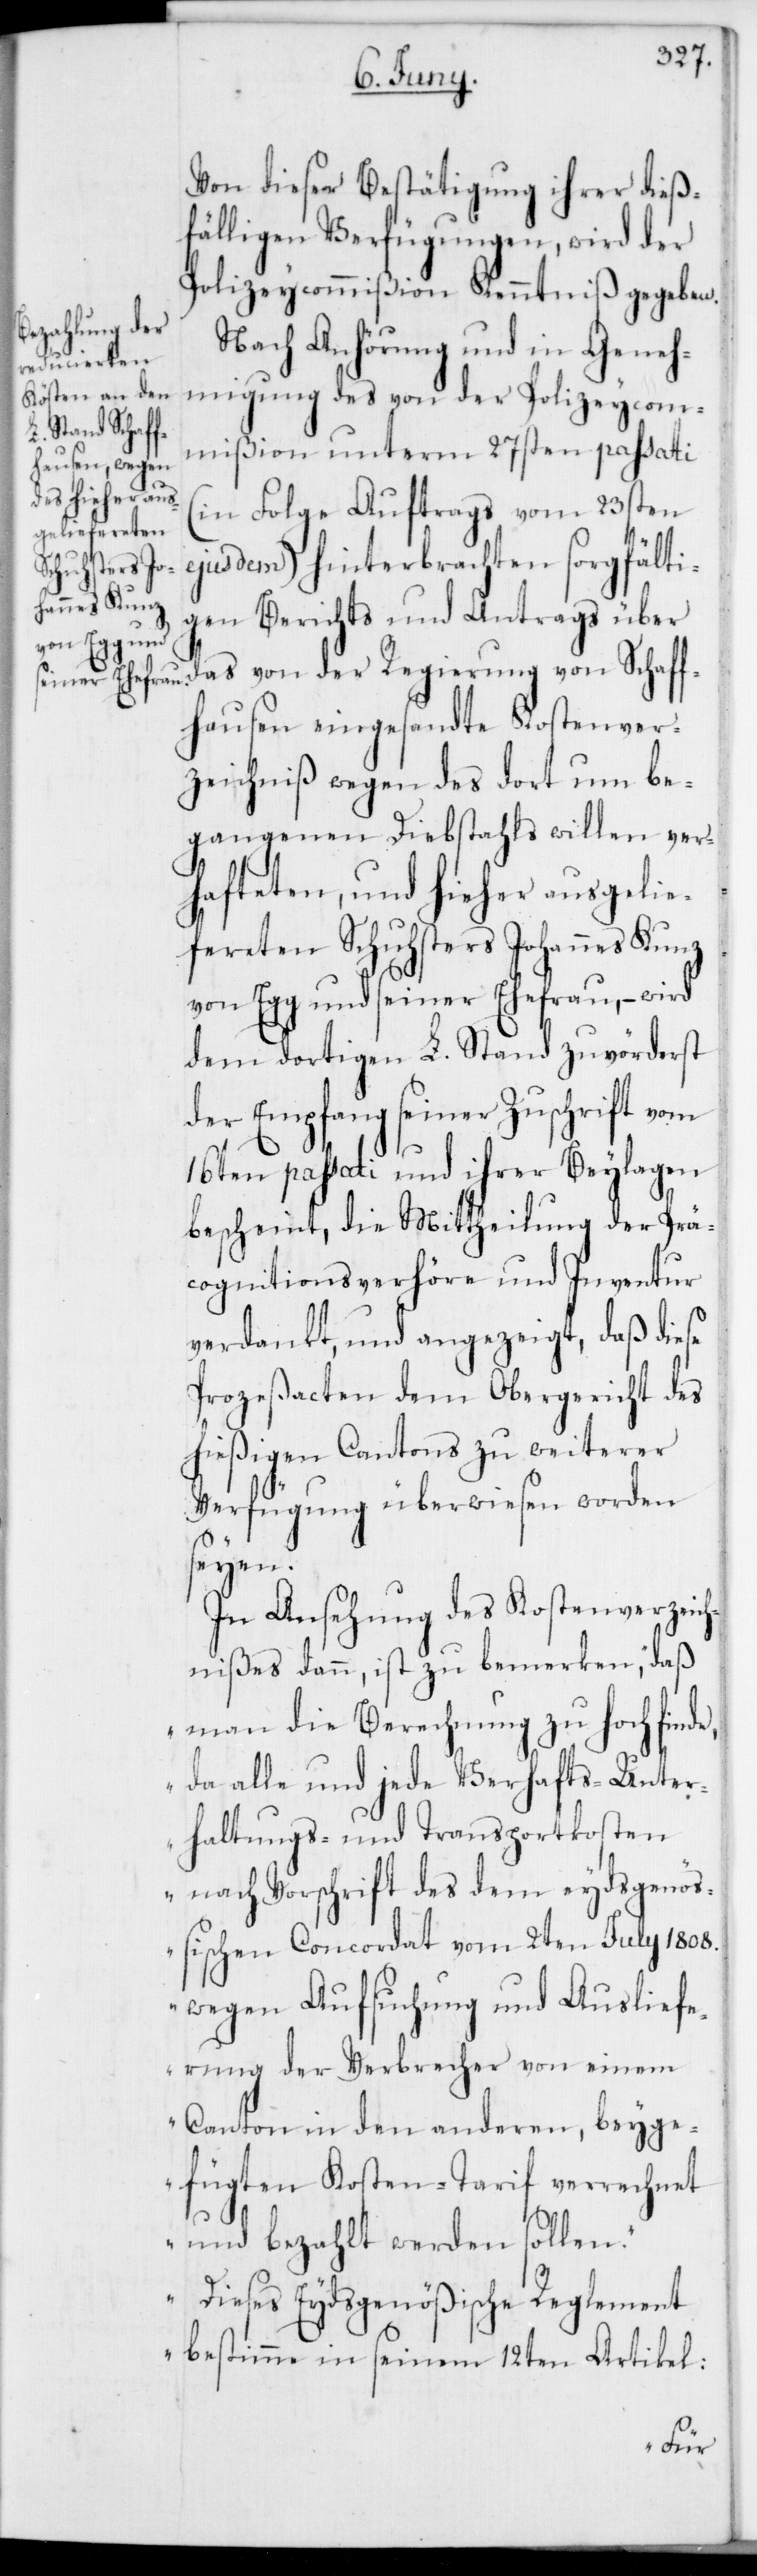
Von dieser Bestätigung ihrer dieß¬
fälligen Verfügungen, wird der
Polizeycommißion Kenntniß gegeben.
Nach Anhörung und in Geneh¬
migung des von der Polizeycom¬
mißion unterm 27sten passati
(in Folge Auftrags vom 23sten
ejusdem) hinterbrachten sorgfälti¬
gen Berichts und Antrags über
das von der Regierung von Schaff¬
hausen eingesandte Kostenver¬
zeichniß wegen des dort um be¬
gangenen Diebstahls willen ver¬
hafteten und hieher ausgelie¬
fereten Schuhsters Johannes Kunz
von Egg und seiner Ehefrau, – wird
dem dortigen L. Stand zuvörderst
der Empfang seiner Zuschrift vom
16ten passati und ihrer Beylagen
bescheint, die Mittheilung der Prä¬
cognitionsverhöre und Inventur
verdankt, und angezeigt, daß diese
Proceßacten dem Obergericht des
hießigen Cantons zu weiterer
Verfügung überwiesen worden
seyen.
In Ansehung des Kostenverzeich¬
nißes dann, ist zu bemerken, „daß
man die Berechnung zu hoch finde,
da alle und jede Verhafts-[,] Unter¬
haltungs- und Transportkosten
nach Vorschrift des dem eydsgenöß¬
ischen Concordat vom 2ten July 1808.
wegen Aufsuchung und Ausliefe¬
rung der Verbrecher von einem
Canton in den anderen, beyge¬
fügten Kosten-Tarif verrechnet
und bezahlt werden sollen.“
Dieses Eydsgenößische Reglement
bestimme in seinem 12ten Artikel: